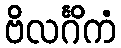
ဗိလင်္ဂိကံ